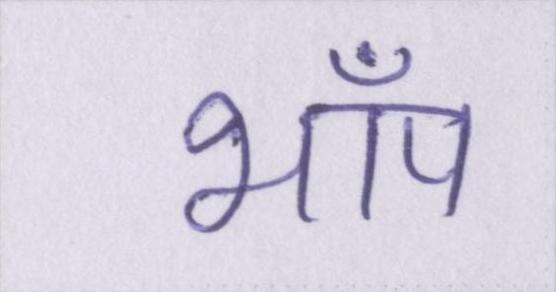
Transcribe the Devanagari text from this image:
भाँप